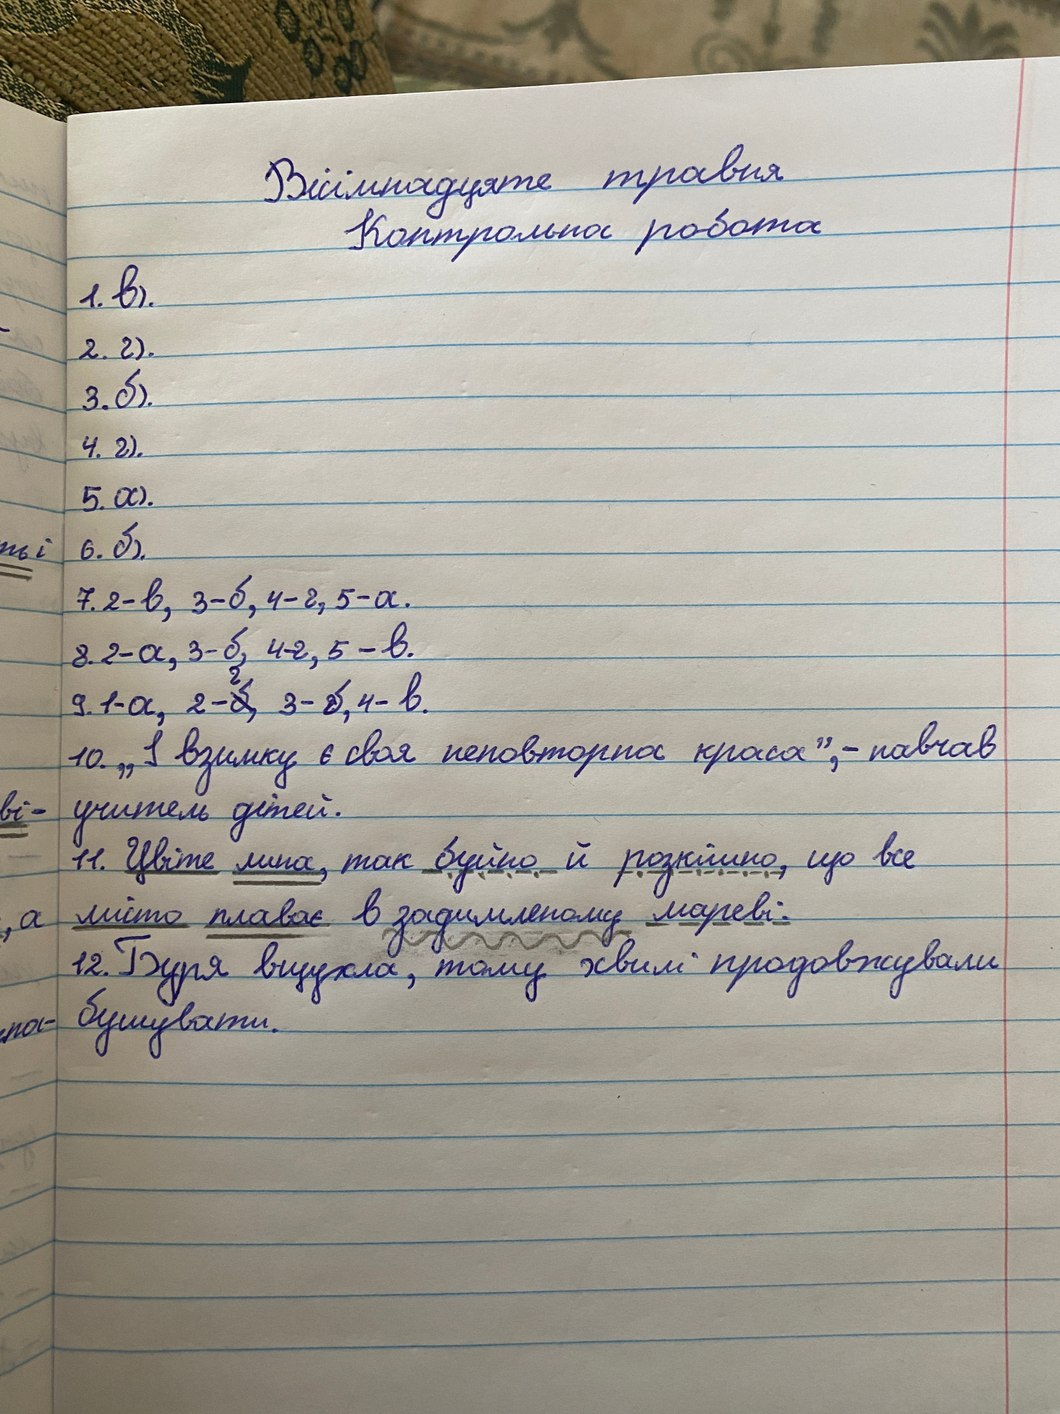
Вісімнадцяте травня
Контрольна робота
1. в).
2. г).
3. б)
4. г).
5. a).
6. б)
7. 2-в, 3-б, 4-г, 5-а.
8. 2-a, 3-б, 4-г, 5-в.
9. 1-a, 2- ~~б~~ г, 3-б, 4-в.
10. „І взимку є своя неповторна краса”, - навчав
учитель дітей.
11. Цвіте липа, так буйно й розкішно, що все
місто плаває в задимленому мареві.
12. Буря вщухла, тому хвилі продовжували
бушувати